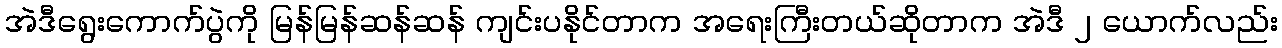
အဲဒီရွေးကောက်ပွဲကို မြန်မြန်ဆန်ဆန် ကျင်းပနိုင်တာက အရေးကြီးတယ်ဆိုတာက အဲဒီ ၂ ယောက်လည်း